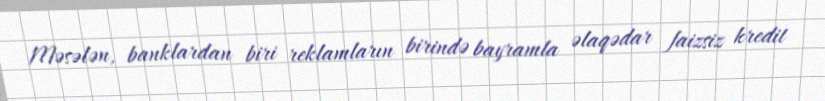
Məsələn, banklardan biri reklamların birində bayramla əlaqədar faizsiz kredit